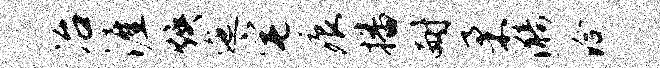
冶涯焕迤宅痕播耐柔漪洽